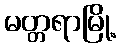
မတ္တရာမြို့